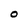
Character: o